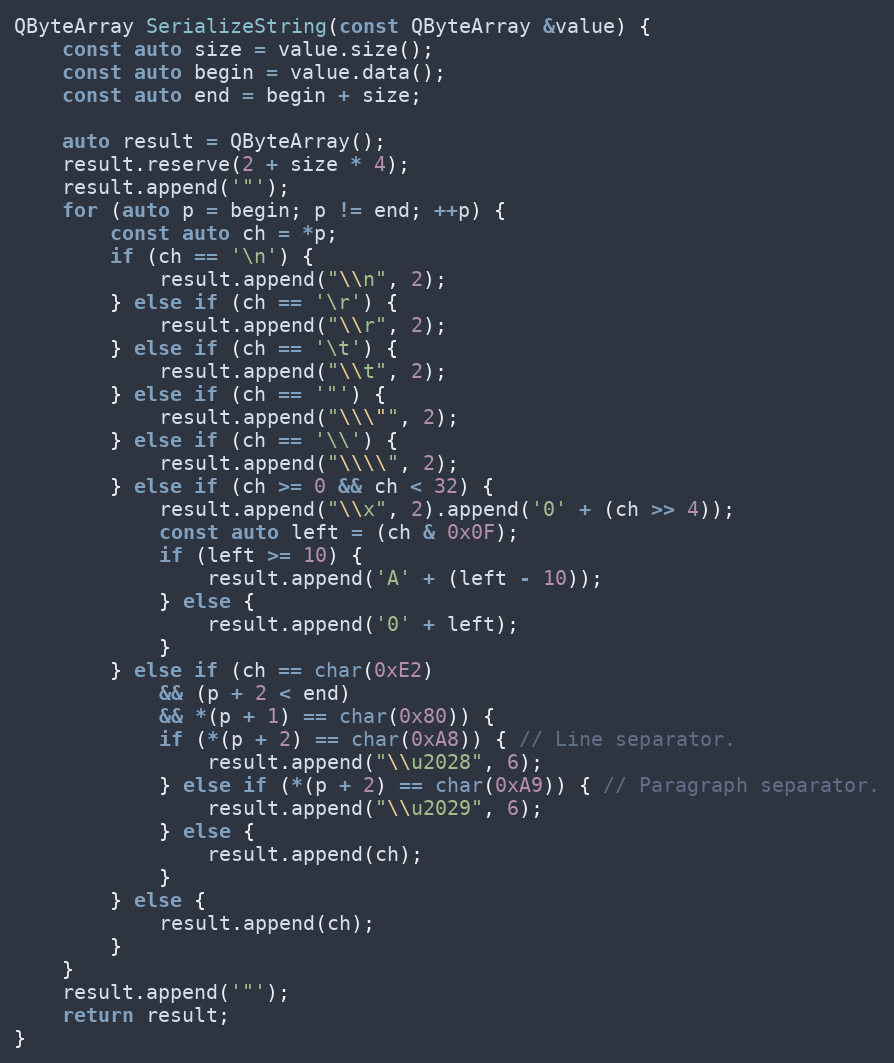
Language: C++
QByteArray SerializeString(const QByteArray &value) {
	const auto size = value.size();
	const auto begin = value.data();
	const auto end = begin + size;

	auto result = QByteArray();
	result.reserve(2 + size * 4);
	result.append('"');
	for (auto p = begin; p != end; ++p) {
		const auto ch = *p;
		if (ch == '\n') {
			result.append("\\n", 2);
		} else if (ch == '\r') {
			result.append("\\r", 2);
		} else if (ch == '\t') {
			result.append("\\t", 2);
		} else if (ch == '"') {
			result.append("\\\"", 2);
		} else if (ch == '\\') {
			result.append("\\\\", 2);
		} else if (ch >= 0 && ch < 32) {
			result.append("\\x", 2).append('0' + (ch >> 4));
			const auto left = (ch & 0x0F);
			if (left >= 10) {
				result.append('A' + (left - 10));
			} else {
				result.append('0' + left);
			}
		} else if (ch == char(0xE2)
			&& (p + 2 < end)
			&& *(p + 1) == char(0x80)) {
			if (*(p + 2) == char(0xA8)) { // Line separator.
				result.append("\\u2028", 6);
			} else if (*(p + 2) == char(0xA9)) { // Paragraph separator.
				result.append("\\u2029", 6);
			} else {
				result.append(ch);
			}
		} else {
			result.append(ch);
		}
	}
	result.append('"');
	return result;
}